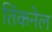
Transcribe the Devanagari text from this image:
तिंकनेल